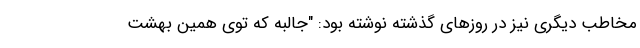
مخاطب دیگری نیز در روزهای گذشته نوشته بود: "جالبه که توی همین بهشت